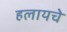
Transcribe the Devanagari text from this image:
हलायचे